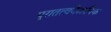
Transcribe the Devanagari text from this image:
पुरातत्ववैज्ञानिक